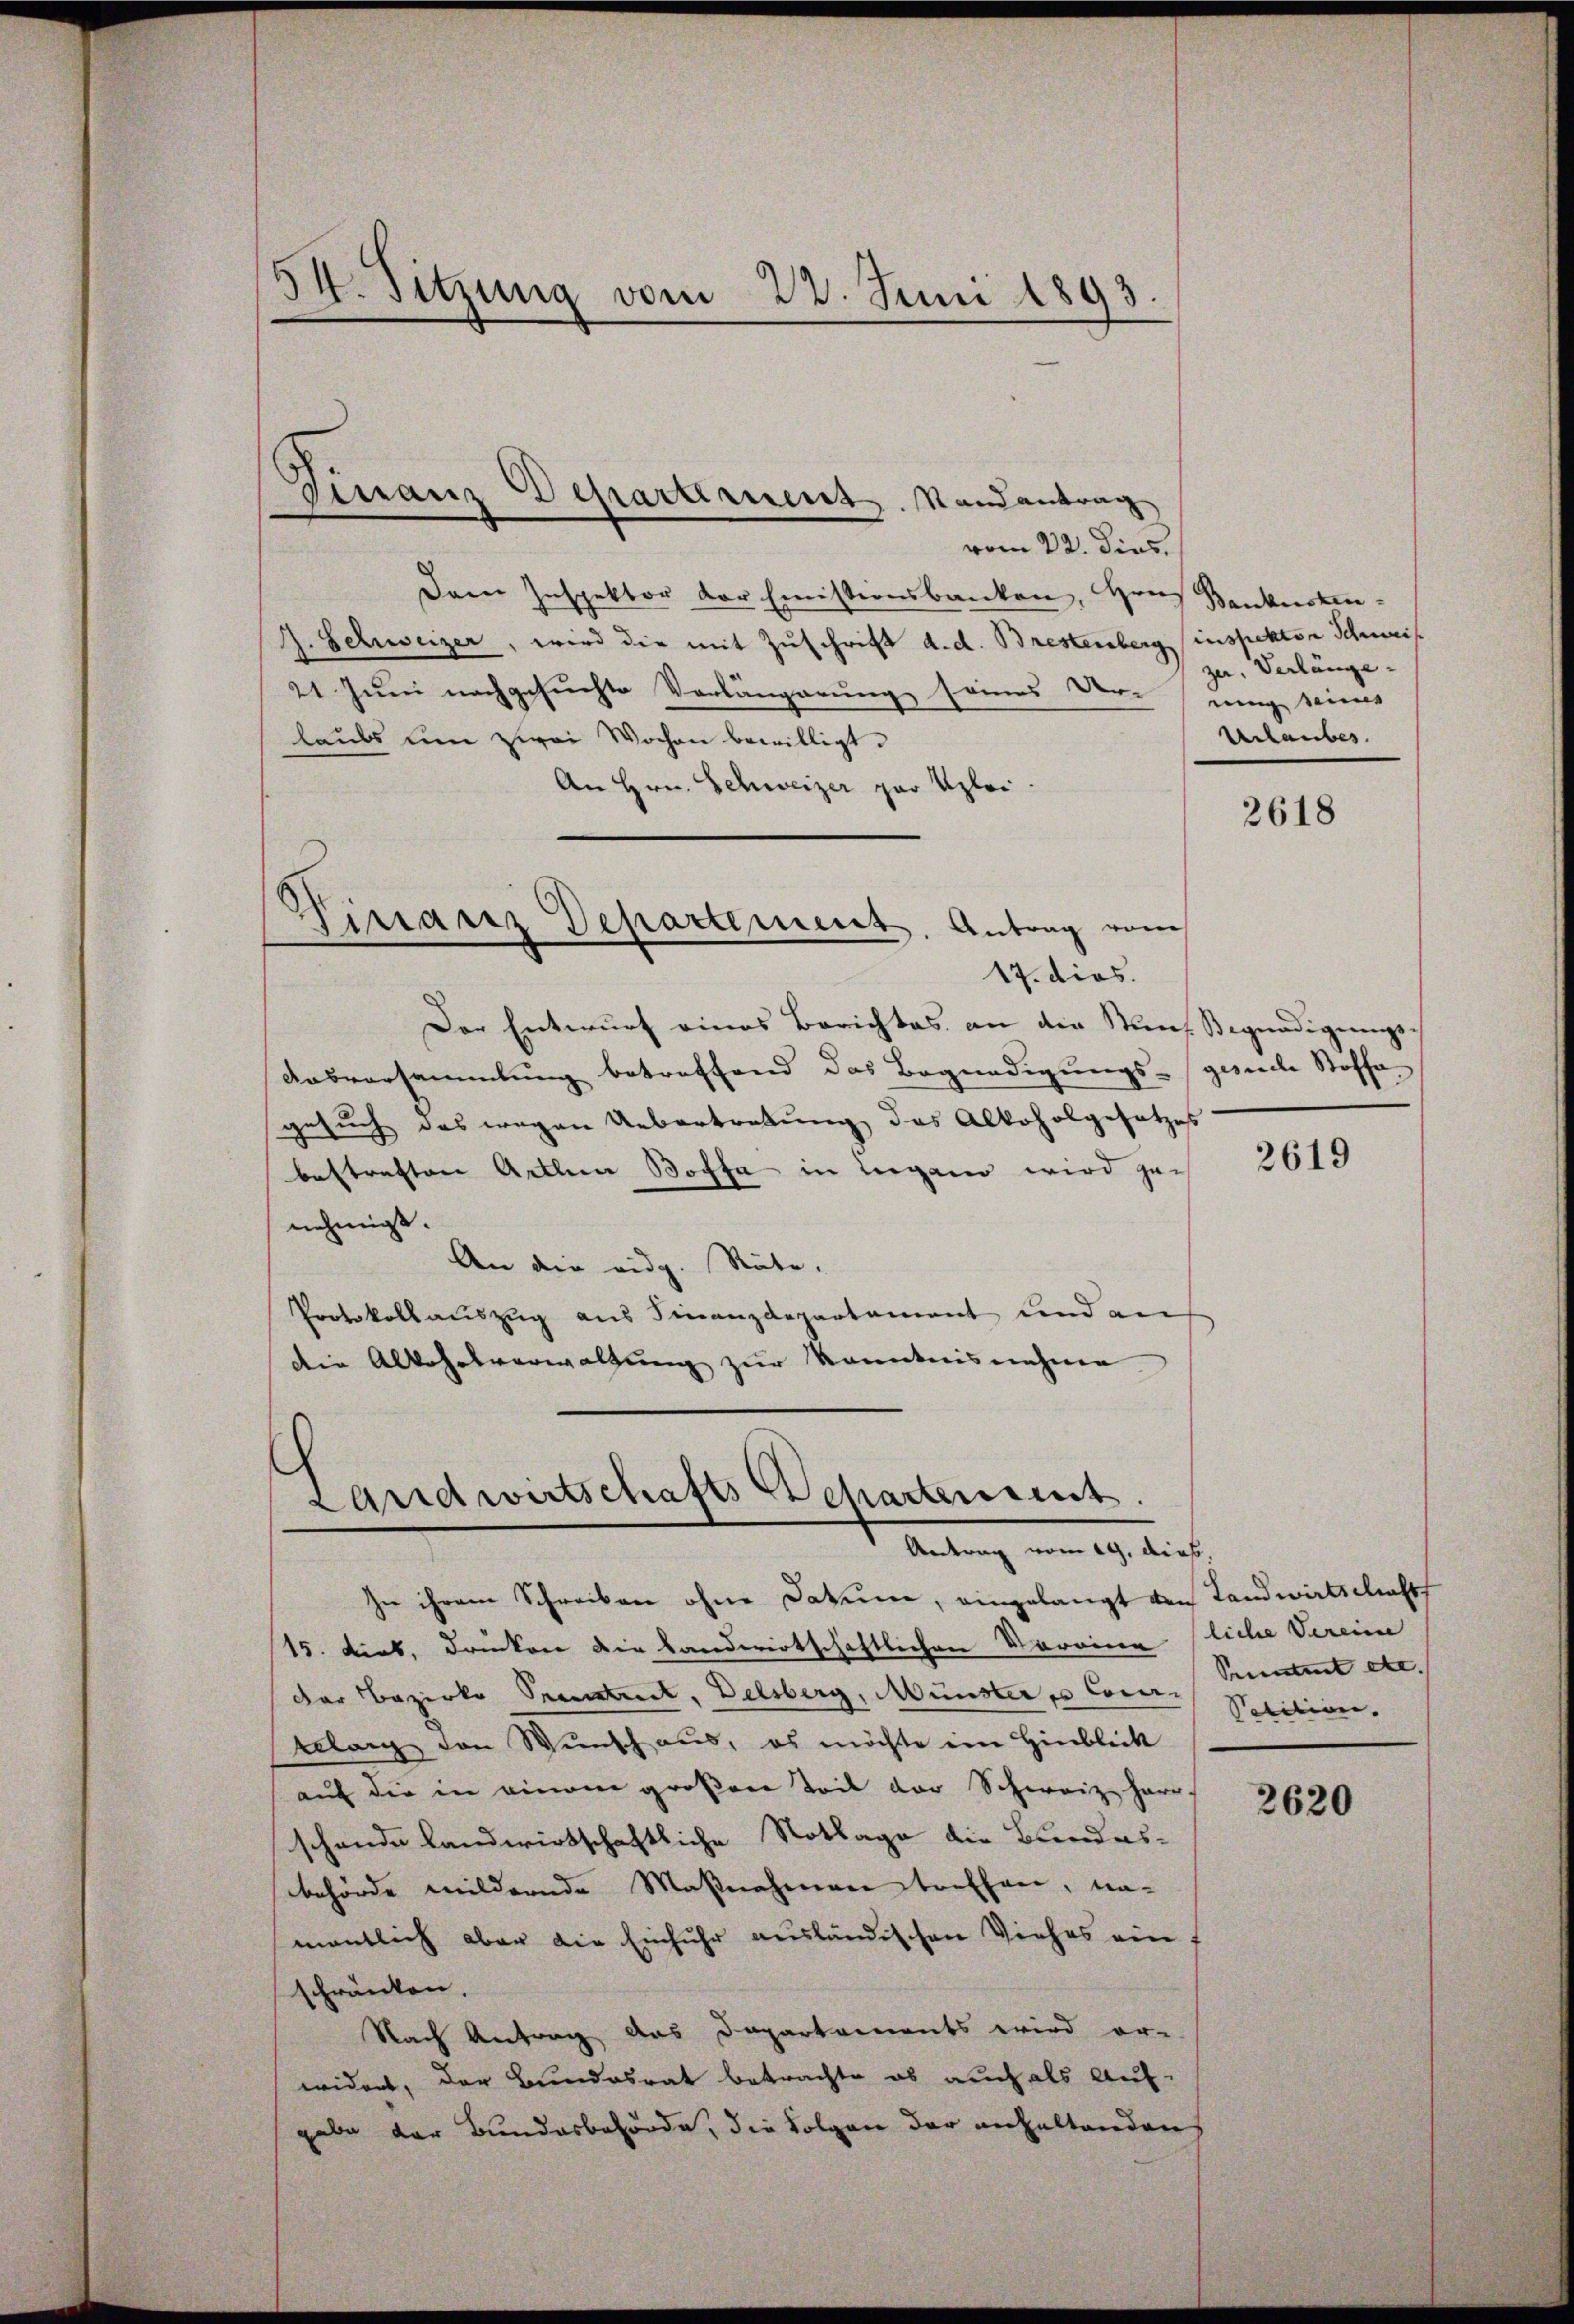
34. Sitzung vom 22. Juni 1893.

vom 22. dies
Dane Inspektor der Emissionsbanken, Hrn
J. Schweizer, wird die mit Zuschrift d. d. Brestenberg (inspektor Schweis
21 Juni nachgesuchte Vorlängerung seines Dorn eing seines
laubs um zwei Wochen bewilligt.
An Hrn. Schweizer par Uzlei.
Der Entwurf eines Berichtes an der Stand Begnadigungs-
Aasversammlung betreffend das Begnadigungs-gesuche Stoffe.
gesuch das wegen Uebertretung des Alkoholgesetzes
bestraften Arthea Stoffe in Lugano wird zur
nehmigt.
An die eidg. Räte.
Protokollauszug aus Finanzdepartament und an
die Alkohnsverwaltung zur Kenntnisnahme

Finanz Departement. Randantrag

Virraris Departement. Antrag von
x
17. dies.

d
Landwirtschafts Departement.
Antrag vom 29. dieß.

In ihrem Schreiben ohne Dokume, eingelangt von Landwirtschafts
15. Dieb, Druckere die Landwirtschaftlichen Vorringliche Vereine
der Bezirke Preustreit, Delsberg, Münster es Comtes Section.
telang den Wunsch aus, es möchte im Hinblick
auf die in einem großen Teil der Schweiz harr
schande landwirtschaftliche Notlage die Bundes-
behörde mildernde Maßnahmen treffen, namentlich aber die Einfuhr ausländischen Viehes ein
schränken.
Nach Antrag das Departements wird er-
widert, der Bundesrat betrachte es auch als Auf-
gabe der Bundesbehörde, die Folgen der anhaltenden

Baukosten.
zer, Verlänge.
Urlaubes

2618

2619

Seeentent etc.

2620